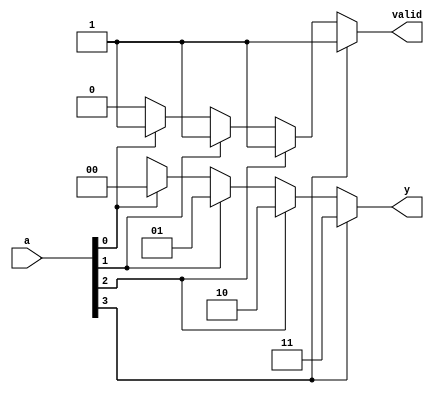
module pri_enc_4to2_if(a, valid, y);
    input   [3:0] a;
    output        valid;
    output  [1:0] y;
    reg           valid;
    reg     [1:0] y;

    always @(a) begin
        valid = 1;
        if      (a[3]) y = 3;
        else if (a[2]) y = 2;
        else if (a[1]) y = 1;
        else if (a[0]) y = 0;
        else begin
            valid = 0;
            y = 2'bx;
        end
    end
endmodule